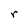
Character: r